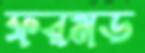
ফরমড